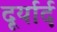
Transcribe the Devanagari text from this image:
दूर्यार्द